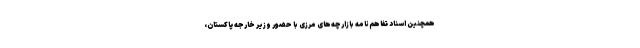
همچنین اسناد تفاهم‌نامه بازارچه‌های مرزی با حضور وزیر خارجه پاکستان،